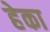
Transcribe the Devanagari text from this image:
हेका